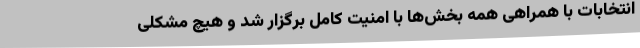
انتخابات با همراهی همه بخش‌ها با امنیت کامل برگزار شد و هیچ مشکلی